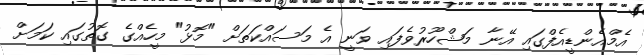
އެމްއެންޑީއެފްގައި އޭނާ މަޝްހޫރުވެފައި ވަނީ އެ މަސައްކަތަށް "މޮޅު" މީހެއްގެ ގޮތުގައި ކަމަށް